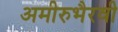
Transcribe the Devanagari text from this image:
अमीरुभैरवी